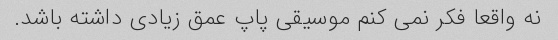
نه واقعا فکر نمی کنم موسیقی پاپ عمق زیادی داشته باشد.